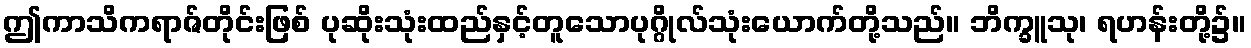
ဤကာသိကရာဇ်တိုင်းဖြစ် ပုဆိုးသုံးထည်နှင့်တူသောပုဂ္ဂိုလ်သုံးယောက်တို့သည်။ ဘိက္ခူသု၊ ရဟန်းတို့၌။